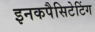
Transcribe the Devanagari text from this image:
इनकपैसिटेटिंग